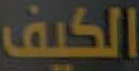
الكيف